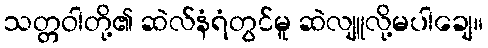
သတ္တဝါတို့၏ ဆဲလ်နံရံတွင်မူ ဆဲလျူလို့မပါချေ။